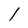
Character: l